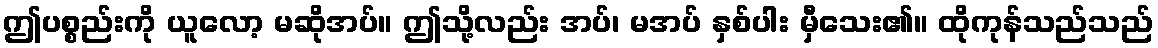
ဤပစ္စည်းကို ယူလော့ မဆိုအပ်။ ဤသို့လည်း အပ်၊ မအပ် နှစ်ပါး မှီသေး၏။ ထိုကုန်သည်သည်